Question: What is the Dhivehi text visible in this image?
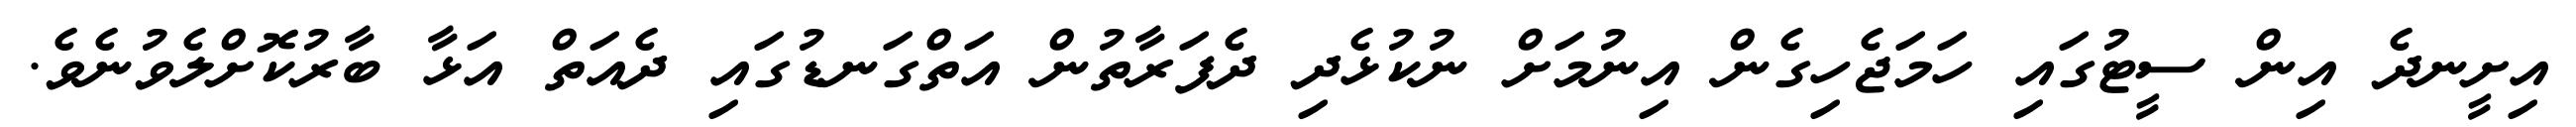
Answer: އިށީނދެ އިން ސީޓުގައި ހަމަޖެހިގެން އިނުމަށް ނުކުޅެދި ދެފަރާތުން އަތްގަނޑުގައި ދެއަތް އަޅާ ބާރުކޮށްލެވުނެވެ.